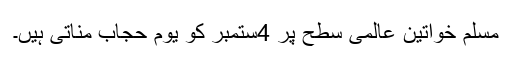
مسلم خواتین عالمی سطح پر 4ستمبر کو یوم حجاب مناتی ہیں۔